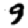
Digit: 9